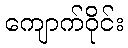
ကျောက်ဝိုင်း